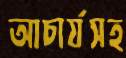
আচার্যসহ